Medical and sanitary report of the native army of Bengal for the year
Year: 1874
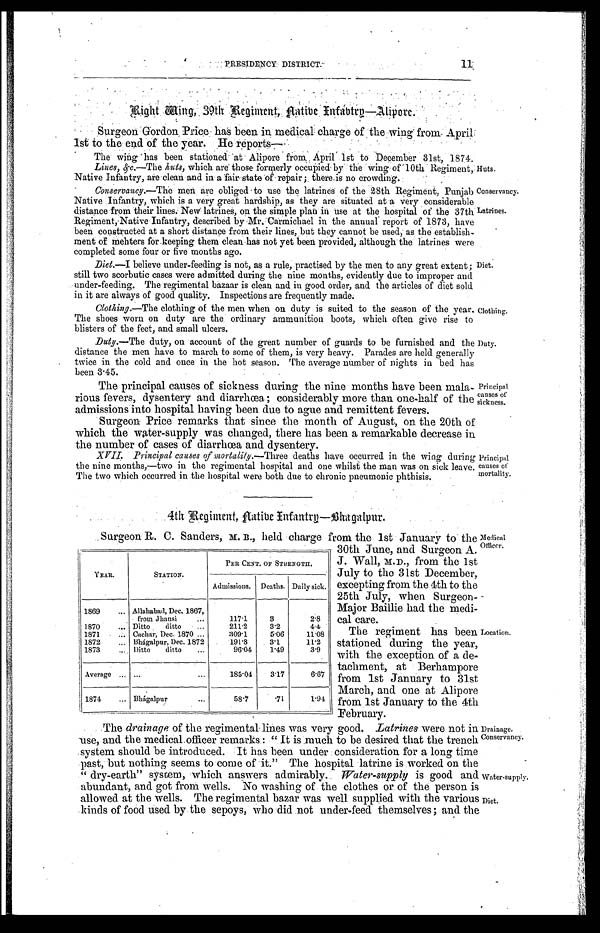
Huts.
Conservancy.
Latrines.
Principal
causes of
mortality.
Medical
Officer.
The regiment has been
stationed during the year,
with the exception of a de
-tachment, at Berhampore
from 1st January to the 31st
March, and one at Alipore
from 1st January to the 4th
February.
Location.
Water-supply.
Diet.
PRESIDENCY DISTRICT
11
Right Wing, 39th Regiment, Aatibe Infantry—Alipore.
Surgeon Gordon Price has been in medical charge of the wing' from April
1st to the end of the year. He reports—.
The wing has been stationed at Alipore from, April 1st to December 31st, 1874.
Lines, &c.—The huts, which are those formerly occupied by the wing of 10th Regiment,
Native Infantry, are clean and in a fair state of repair; there is no crowding.
Conservancy.— The men are obliged to use the latrines of the 28th Regiment, Punjab
Native Infantry, which is a very great hardship, as they are situated at a very considerable
distance from their lines. New latrines, on the simple plan in use at the hospital of the 37th
Regiment, Native Infantry, described by Mr. Carmichael in the annual report of 1873, have
been constructed at a short distance from their lines, but they cannot be used, as the establish-
ment of mehters for keeping them clean has not yet been provided, although the latrines were
completed some four or five months ago.
Diet.— I believe under-feeding is not, as a rule, practised by the men to any great extent;
still two scorbutic cases were admitted during the nine months, evidently due to improper and
under-feeding. The regimental bazaar is clean and in good order, and the articles of diet sold
in it are always of good quality. Inspections are frequently made.
Diet.
Clothing.— The clothing of the men when on duty is suited to the season of the year.
The shoes worn on duty are the ordinary ammunition boots, which often give rise to
blisters of the feet, and small ulcers.
Clothing.
Duty.—The duty, on account of the great number of guards to be furnished and the
distance the men have to march to some of them, is very heavy. Parades are held generally
twice in the cold and once in the hot season. The average number of nights in bed has
b e e n 3 . 4 5 .
The principal causes of sickness during the nine months have been mala--
rious fevers, dysentery and diarrhœa ; considerably more than one-half of the
admissions into hospital having been due to ague and remittent fevers.
Surgeon Price remarks that since the month of August, on the 20th of
which the water-supply was changed, there has been a remarkable decrease in
the number of cases of diarrhœa and dysentery.
Duty.
Principal
causes of
sickness.
XVII. Principal causes of mortality.— Three deaths have occurred in the wing during
the nine months,—two in the regimental hospital and one whilst the man was on sick leave.
The two which occurred in the hospital were both due to chronic pneumonic phthisis.
4th Regiment, Aatibe Infantry—Bhagalpur.
YEAR.
STATION.
PER CENT. OF STRENGTH.
Admissions. Deaths. Daily sick.
1869 . . . Allahabad, Dec. 1867,
from Jhansi . . .
117.1
3
2.8
1870 . . . Ditto ditto . . .
211.2
3.2
4.4
1871 . . . Cachar, Dec. 1870 . . .
309.1
5.06
11.08
1872 . . . Bhágalpur, Dec. 1872
191.8
3.1
11.2
1873 . . . Ditto ditto . . .
96.04
1.49
3.9
Average . . .
. . .
185.04
3.17
6.67
1874 . . . Bhágalpur . . .
58.7
.71
1.94
The drainage of the regimental lines was very good. Latrines were not in
use, and the medical officer remarks: "It is much to be desired that the trench
system should be introduced. It has been under consideration for a long time
past, but nothing seems to come of it." The hospital latrine is worked on the
"dry-earth" system, which answers admirably. Water-supply is good and
abundant, and got from wells. No washing of the clothes or of the person is
allowed at the wells. The regimental bazar was well supplied with the various
kinds of food used by the sepoys, who did not under-feed themselves; and the
Surgeon R. C. Sanders, M. B., held charge from the 1st January to
30th June, and Surgeon A.
J. Wall, M.D., from the 1st
July to the 31st December,
excepting from the 4th to the
25th July, when Surgeon
-Major Baillie had the medi
-cal care.
Drainage.
Conservancy.